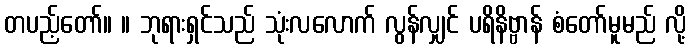
တပည့်တော်။ ။ ဘုရားရှင်သည် သုံးလလောက် လွန်လျှင် ပရိနိဗ္ဗာန် စံတော်မူမည် လို့